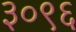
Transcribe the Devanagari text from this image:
३०९६